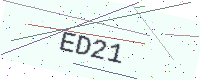
Text: ED21